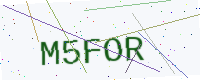
Text: M5FOR